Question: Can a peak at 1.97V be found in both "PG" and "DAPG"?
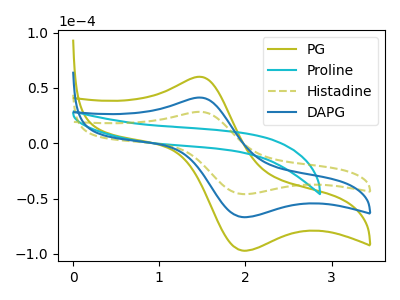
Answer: <think>The olive curve "PG" has an anodic peak at (1.45V, 82.70uA) and a cathodic peak at (1.95V, -133.35uA). The cyan curve "Proline" has no peaks. The olive dashed curve "Histadine" has an anodic peak at (1.45V, 28.45uA) and a cathodic peak at (1.95V, -45.85uA). The blue curve "DAPG" has an anodic peak at (1.45V, 41.35uA) and a cathodic peak at (1.95V, -66.65uA).</think>
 <answer>Yes, "PG" and "DAPG" share a peak at 1.97V.</answer>
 <eval>match</eval>